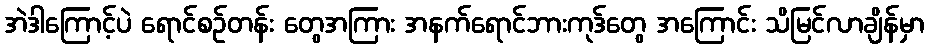
အဲဒါကြောင့်ပဲ ရောင်စဉ်တန်း တွေအကြား အနက်ရောင်ဘားကုဒ်တွေ အကြောင်း သိမြင်လာချိန်မှာ